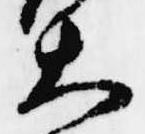
大